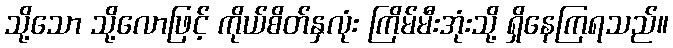
သို့သော သို့လောဖြင့် ကိုယ်စိတ်နှလုံး ကြိမ်မီးအုံးသို့ ရှိနေကြရသည်။